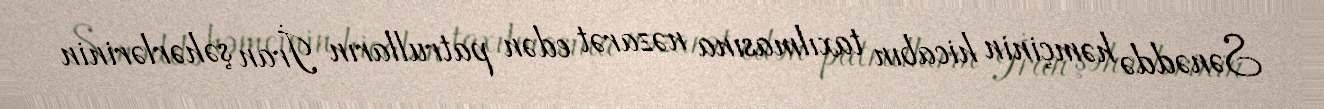
Sənəddə həmçinin hicabın taxılmasına nəzarət edən patrulların İran şəhərlərinin